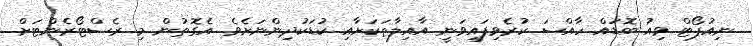
ނިއުޕޯޓް ވިއު ބޮޑައް ހާއްސަ ކުރެވިފައިވަނީ އާއިލާތަކަށާއި ކުޑަކުދިންނަށެވެ. އެގޮތުން މި ރެސްޓޯރެންޓަށް